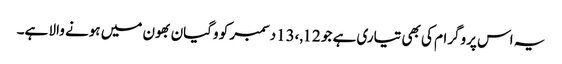
یہ اس پروگرام کی بھی تیاری ہے جو 12,،13دسمبر کو وگیان بھون میں ہونے والا ہے۔